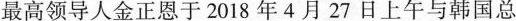
最高领导人金正恩于2018年4月27日上午与韩国总